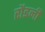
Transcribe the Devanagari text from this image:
रौडनी